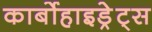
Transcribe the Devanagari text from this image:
कार्बोहाइड्रेट्‌स